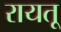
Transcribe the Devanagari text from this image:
रायतू